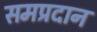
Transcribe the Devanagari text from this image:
समप्रदान